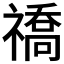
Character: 𬓚